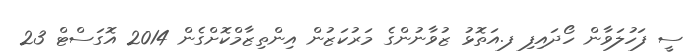
ސީ ފަހުލަވާން ހޯދައިފި ފ.އަތޮޅު ޒުވާނުންގެ މަރުކަޒުން އިންތިޒާމްކޮށްގެން 2014 އޮގަސްޓް 23